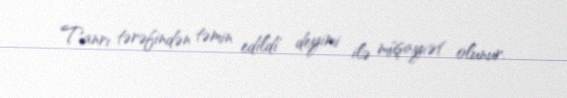
Tanrı tərəfindən təmin edildi' deyimi ilə müşayiət olunur.